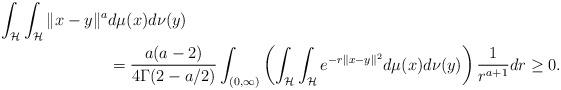
LaTeX: \begin{align*} \int_{\mathcal{H}}\int_{\mathcal{H}} \| x-y\|^{a}&d\mu(x)d\nu(y)\\ &= \frac{a(a -2)}{4\Gamma(2-a/2)}\int_{(0, \infty)} \left ( \int_{\mathcal{H}}\int_{\mathcal{H}} e^{-r\| x-y\|^{2}}d\mu(x)d\nu(y) \right ) \frac{1}{r^{a+1}}dr \geq 0.\end{align*}